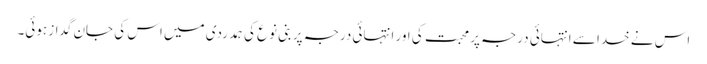
اس نے خدا سے انتہائی درجہ پر محبت کی اور انتہائی درجہ پر بنی نوع کی ہمدردی میں اس کی جان گداز ہوئی۔